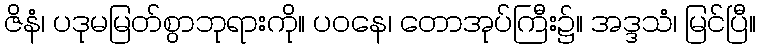
ဇိနံ၊ ပဒုမမြတ်စွာဘုရားကို။ ပဝနေ၊ တောအုပ်ကြီး၌။ အဒ္ဒသံ၊ မြင်ပြီ။